Annual statistical returns and brief notes on vaccination in Bengal - 1909-1929
Year: 1909
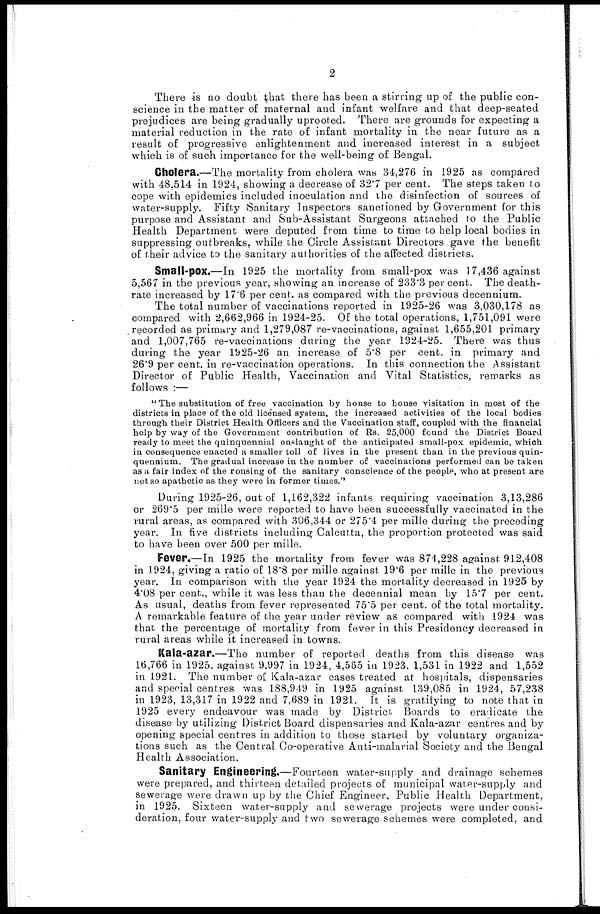
2
There is no doubt that there has been a stirring up of the public con-
science in the matter of maternal and infant welfare and that deep-seated
prejudices are being gradually uprooted. There are grounds for expecting a
material reduction in the rate of infant mortality in the near future as a
result of progressive enlightenment and increased interest in a subject
which is of such importance for the well-being of Bengal.
Cholera.—The mortality from cholera was 34,276 in 1925 as compared
with 48,514 in 1924, showing a decrease of 32.7 per cent. The steps taken to
cope with epidemics included inoculation and the disinfection of sources of
water-supply. Fifty Sanitary Inspectors sanctioned by Government for this
purpose and Assistant and Sub-Assistant Surgeons attached to the Public
Health Department were deputed from time to time to help local bodies in
suppressing outbreaks, while the Circle Assistant Directors gave the benefit
of their advice to the sanitary authorities of the affected districts.
Small-pox.—In 1925 the mortality from small-pox was 17,436 against
5,567 in the previous year, showing an increase of 233.3 per cent. The death-
rate increased by 17.6 per cent. as compared with the previous decennium.
The total number of vaccinations reported in 1925-26 was 3,030,178 as
compared with 2,662,966 in 1924-25. Of the total operations, 1,751,091 were
recorded as primary and 1,279,087 re-vaccinations, against 1,655,201 primary
and 1,007,765 re-vaccinations during the year 1924-25. There was thus
during the year 1925-26 an increase of 5.8 per cent. in primary and
26.9 per cent. in re-vaccination operations. In this connection the Assistant
Director of Public Health, Vaccination and Vital Statistics, remarks as
follows :—
"The substitution of free vaccination by house to house visitation in most of the
districts in place of the old licensed system, the increased activities of the local bodies
through their District Health Officers and the Vaccination staff, coupled with the financial
help by way of the Government contribution of Rs. 25,000 found the District Board
ready to meet the quinquennial onslaught of the anticipated small-pox epidemic, which
in consequence enacted a smaller toll of lives in the present than in the previous quin-
quennium. The gradual increase in the number of vaccinations performed can be taken
as a fair index of the rousing of the sanitary conscience of the people, who at present are
not so apathetic as they were in former times."
During 1925-26, out of 1,162,322 infants requiring vaccination 3,13,286
or 269.5 per mille were reported to have been successfully vaccinated in the
rural areas, as compared with 306,344 or 275.4 per mille during the preceding
year. In five districts including Calcutta, the proportion protected was said
to have been over 500 per mille.
Fever.—In 1925 the mortality from fever was 874,228 against 912,408
in 1924, giving a ratio of 18.8 per mille against 19.6 per mille in the previous
year. In comparison with the year 1924 the mortality decreased in 1925 by
4.08 per cent., while it was less than the decennial mean by 15.7 per cent.
As usual, deaths from fever represented 75.5 per cent. of the total mortality.
A remarkable feature of the year under review as compared with 1924 was
that the percentage of mortality from fever in this Presidency decreased in
rural areas while it increased in towns.
Kala-azar.—The number of reported deaths from this disease was
16,766 in 1925, against 9,997 in 1924, 4,565 in 1923, 1,531 in 1922 and 1,552
in 1921. The number of Kala-azar cases treated at hospitals, dispensaries
and special centres was 188,949 in 1925 against 139,085 in 1924, 57,238
in 1923, 13,317 in 1922 and 7,689 in 1921. It is gratifying to note that in
1925 every endeavour was made by District Boards to eradicate the
disease by utilizing District Board dispensaries and Kala-azar centres and by
opening special centres in addition to those started by voluntary organiza-
tions such as the Central Co-operative Anti-malarial Society and the Bengal
Health Association.
Sanitary Engineering.—Fourteen water-supply and drainage schemes
were prepared, and thirteen detailed projects of municipal water-supply and
sewerage were drawn up by the Chief Engineer, Public Health Department,
in 1925. Sixteen water-supply and sewerage projects were under consi-
deration, four water-supply and two sewerage schemes were completed, and